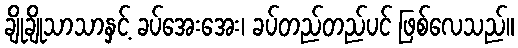
ချိုချိုသာသာနှင့် ခပ်အေးအေး၊ ခပ်တည်တည်ပင် ဖြစ်လေသည်။